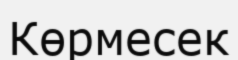
Көрмесек